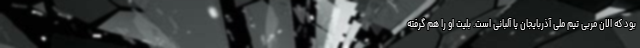
بود که الان مربی تیم ملی آذربایجان یا آلبانی است. بلیت او را هم گرفته